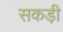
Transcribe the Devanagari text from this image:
सकड़ी